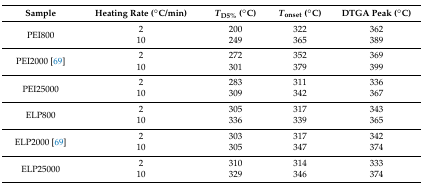
| Sample | Heating Rate (°C/min) | TD5% (°C) | Tonset (°C) | DTGA Peak (°C) |
 | --- | --- | --- | --- | --- |
 | <ROWSPAN=2> PEI800 | 2 | 200 | 322 | 362 |
 | 10 | 249 | 365 | 389 |
 | <ROWSPAN=2> PEI2000 [69] | 2 | 272 | 352 | 369 |
 | 10 | 301 | 379 | 399 |
 | <ROWSPAN=2> PEI25000 | 2 | 283 | 311 | 336 |
 | 10 | 309 | 342 | 367 |
 | <ROWSPAN=2> ELP800 | 2 | 305 | 317 | 343 |
 | 10 | 336 | 339 | 365 |
 | <ROWSPAN=2> ELP2000 [69] | 2 | 303 | 317 | 342 |
 | 10 | 305 | 347 | 374 |
 | <ROWSPAN=2> ELP25000 | 2 | 310 | 314 | 333 |
 | 10 | 329 | 346 | 374 |